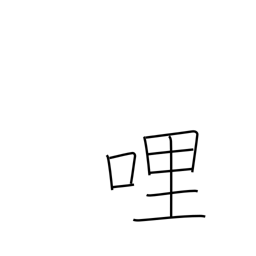
Meaning: mile